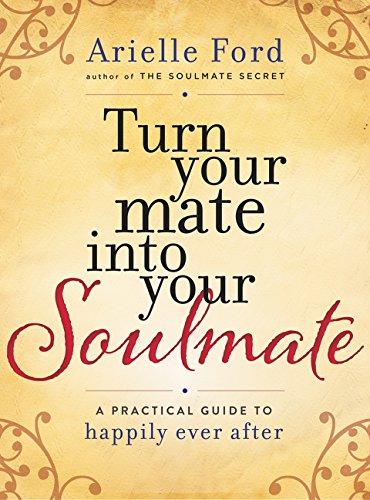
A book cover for Turn Your Mate into Your Soulmate: A Practical Guide to Happily Ever After; Arielle Ford; Health, Fitness & Dieting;